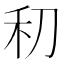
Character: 𰨛